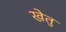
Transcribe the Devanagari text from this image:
खेतु